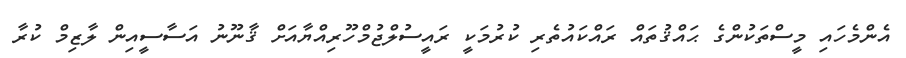
އެންމެހައި މީސްތަކުންގެ ޙައްޤުތައް ރައްކައުތެރި ކުރުމަކީ ރައީސުލްޖުމްހޫރިއްޔާއަށް ޤާނޫނު އަސާސީއިން ލާޒިމް ކުރާ